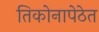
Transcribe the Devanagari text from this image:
तिकोनापेठेत